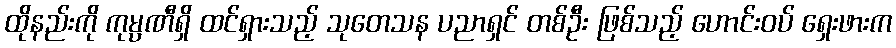
ထိုနည်းကို ကုမ္ပဏီရှိ ထင်ရှားသည့် သုတေသန ပညာရှင် တစ်ဦး ဖြစ်သည့် ဟောင်းဝပ် ရှေးဖားက